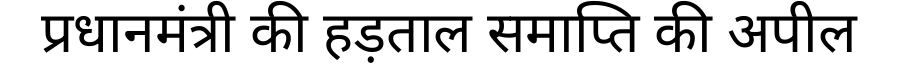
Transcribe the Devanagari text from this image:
प्रधानमंत्री की हड़ताल समाप्ति की अपील